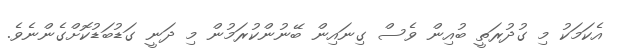
އެކަމަކު މި ގުދުރަތީ ބުއިން ވެސް ގިނައިން ބޭނުންކުރަމުން މި ދަނީ ގަޑުބަޑުކޮށްގެންނެވެ.